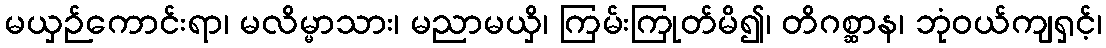
မယှဉ်ကောင်းရာ၊ မလိမ္မာသား၊ မညာမယှိ၊ ကြမ်းကြုတ်မိ၍၊ တိဂစ္ဆာန၊ ဘုံဝယ်ကျရှင့်၊